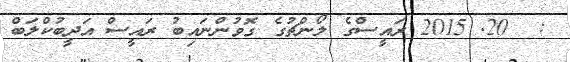
:  20